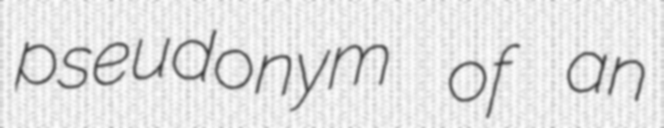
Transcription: pseudonym of an